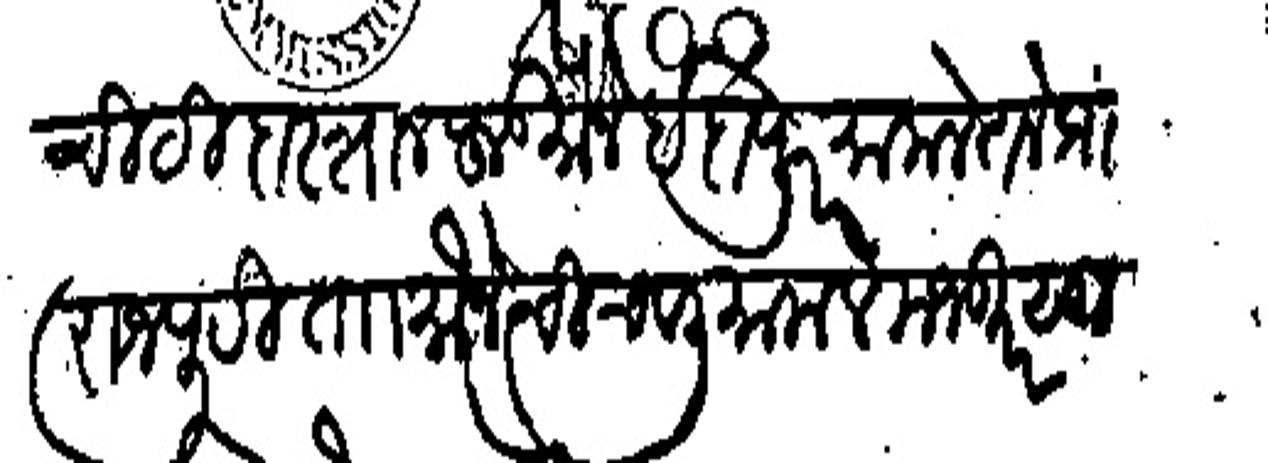
Transliteration (Devanagari): चिठी दास्तान फुड मौजे इंदापूर मामले तले प्राा राजपुरी ता मौजे चिचवली मामले मजकूर सु